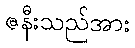
ဇနီးသည်အား